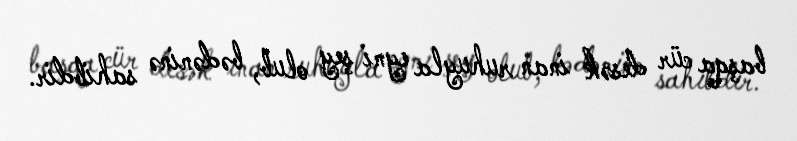
başqa cür desək inan ruhuyla eyni şey olub, bədəninə sahibdir.